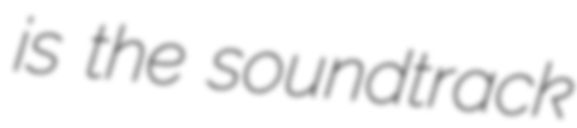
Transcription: is the soundtrack